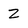
Character: Z